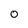
Character: O